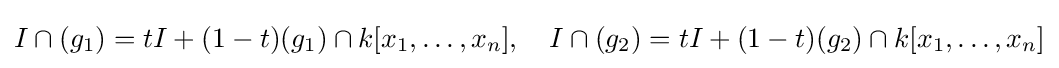
I\cap (g_{1})=tI+(1-t)(g_{1})\cap k[x_{1},\dots ,x_{n}],\quad I\cap (g_{2})=tI+(1-t)(g_{2})\cap k[x_{1},\dots ,x_{n}]